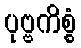
ပုဗ္ဗကိစ္စံ